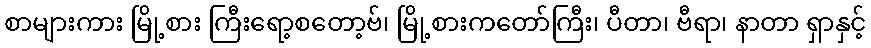
စာများကား မြို့စား ကြီးရော့စတော့ဗ်၊ မြို့စားကတော်ကြီး၊ ပီတာ၊ ဗီရာ၊ နာတာ ရှာနှင့်